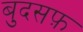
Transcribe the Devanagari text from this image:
बुदसफ़